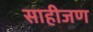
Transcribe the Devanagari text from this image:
साहीजण